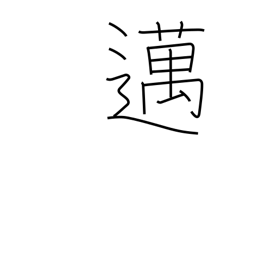
Meaning: go